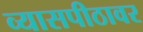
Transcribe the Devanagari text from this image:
व्‍यासपीठावर